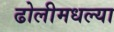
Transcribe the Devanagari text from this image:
ढोलीमधल्या